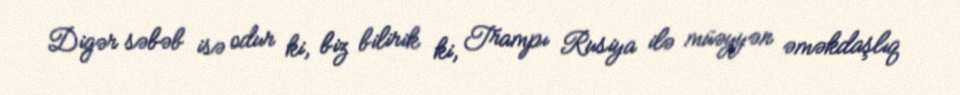
Digər səbəb isə odur ki, biz bilirik ki, Trampı Rusiya ilə müəyyən əməkdaşlıq